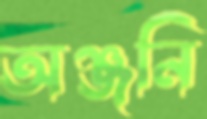
অঞ্জনি